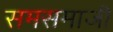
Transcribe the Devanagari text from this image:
समसमाजी